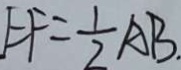
E F = \frac { 1 } { 2 } A B